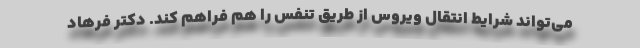
می‌تواند شرایط انتقال ویروس از طریق تنفس را هم فراهم کند. دکتر فرهاد